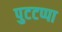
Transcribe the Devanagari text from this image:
पुटटप्पा